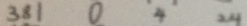
3 8 1 0 4 2 4